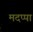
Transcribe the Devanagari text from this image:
मदप्पा